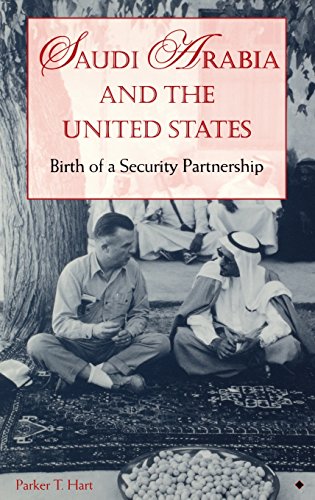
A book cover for Saudi Arabia and the United States: Birth of a Security Partnership (Adst-Dacor Diplomats and Diplomacy Series); Parker T. Hart; History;